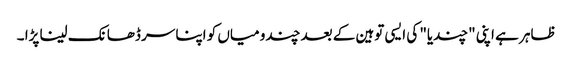
ظاہر ہے اپنی "چندیا" کی ایسی توہین کے بعد چندو میاں کو اپنا سر ڈھانک لینا پڑا ۔